Report on vaccination in Madras 1904-1921 - 1904-1921
Year: 1904
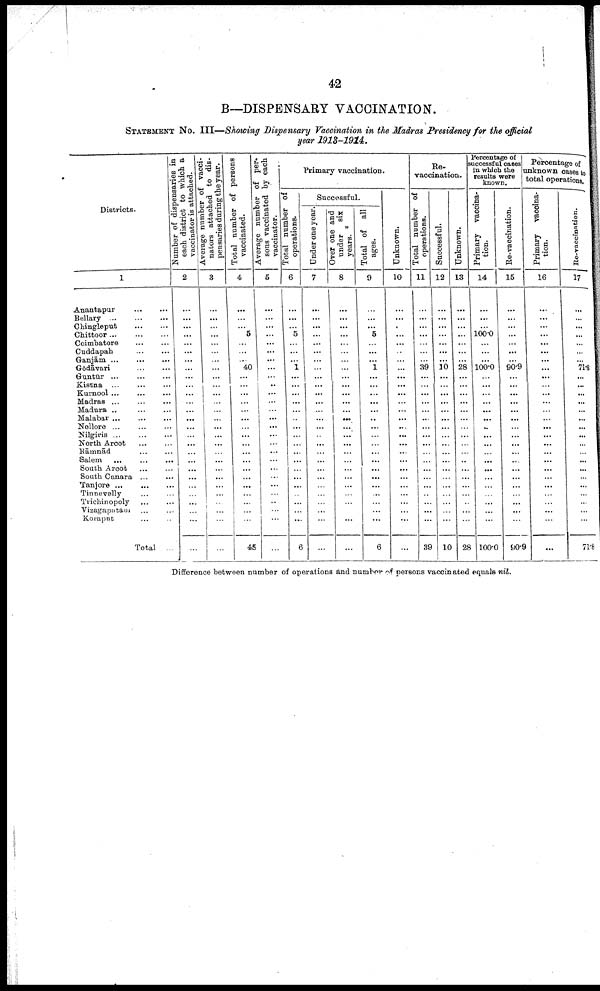
42
B—DISPENSARY VACCINATION.
STATEMENT No. III—Showing Dispensary Vaccination in the Madras Presidency for the official
year 1913-1914.
Districts.
1
Anantapur ... ...
Bellary
...
...
...
Chingleput
...
...
Chittoor
...
...
...
Coimbatore
...
...
Cuddapah
...
...
Ganjām
...
...
...
Godāvari
...
...
Guntūr ...
...
...
Kistna
...
...
...
Kurnool ... ...
Madras
...
...
...
Madura ...
...
...
Malabar ... ... ...
Nellore ... ... ...
Nilgiris
...
...
...
North Arcot
...
...
Kāmnād ... ...
Salem
...
...
...
South Arcot
...
...
South Canara ... ...
Tanjore ...
...
...
Tinnevelly ... ...
Trichinopoly ... ...
Vizagapatam ... ...
Koraput ... ...
Total ...
Number of dispensaries in
each district to which a
vaccinator is attached.
2
...
...
...
...
...
...
...
...
...
...
...
...
...
...
...
...
...
...
...
...
...
...
...
...
...
...
...
Average number of vacci
nators attached to dis
pensaries during the year.
3
...
...
...
...
...
...
...
...
...
...
...
...
...
...
...
...
...
...
...
...
...
...
...
...
...
...
...
Total number of persons
vaccinated.
4
...
...
...
5
...
...
...
40
...
...
...
...
...
...
...
...
...
...
...
...
...
...
...
...
...
...
45
Average number of per-
sons vaccinated by each
vaccinator.
5
...
...
...
...
...
...
...
...
...
...
...
...
...
...
...
...
...
...
...
...
...
...
...
...
...
...
...
Primary vaccination.
Total number of
operations.
6
...
...
...
5
...
...
... 1
...
...
...
...
...
...
...
...
...
...
...
...
...
...
...
...
...
...
6
Successful.
Under one year.
7
...
...
...
...
...
...
...
...
...
...
...
...
...
...
...
...
...
...
...
...
...
...
...
...
...
...
...
Over one and
under
six
years.
8
...
...
...
...
...
...
...
...
...
...
...
...
...
...
...
...
...
...
...
...
...
...
...
...
...
...
Total of all
ages.
9
...
...
...
5
...
...
...
1
...
...
...
...
...
...
...
...
...
...
...
...
...
...
...
...
...
...
6
Unknown.
10
...
...
...
...
...
...
...
...
...
...
...
...
...
...
...
...
...
...
...
...
...
...
...
...
...
...
...
Re-
vaccination.
Total number of
operations.
11
...
...
...
...
...
...
...
39
...
...
...
...
...
...
...
...
...
...
...
...
...
...
...
...
...
...
39
Successful.
12
...
...
...
...
...
...
...
10
...
...
...
...
...
...
...
...
...
...
...
...
...
...
...
...
...
...
10
Unknown.
13
...
...
...
...
...
...
...
28
...
...
...
...
...
...
...
...
...
...
..
...
...
...
...
...
...
...
28
Percentage of
successful cases
in which the
results were
known.
Primary vaccina
tion.
14
...
...
...
100.0
...
...
...
100.0
...
...
...
...
...
...
...
...
...
...
...
...
...
...
...
...
...
...
100.0
Re-vaccination.
15
...
...
...
...
...
...
...
90.9
...
...
...
...
...
...
...
...
...
...
...
...
...
...
...
...
...
...
90.9
Percentage of
unknown cases to
total operations.
Primary vaccina
tion.
16
...
...
...
...
...
...
...
...
...
...
...
...
...
...
...
...
...
...
...
...
...
...
...
...
...
...
...
Re-vaccination.
17
...
...
...
...
...
...
... 71.8
...
...
...
...
...
...
...
...
...
...
...
...
...
...
...
...
...
...
71.8
Difference between number of operations and number of persons vaccinated equals nil.